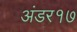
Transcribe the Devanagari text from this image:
अंडर१७